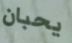
يحبان